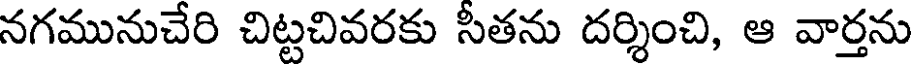
నగమునుచేరి చిట్టచివరకు సీతను దర్శించి, ఆ వార్తను